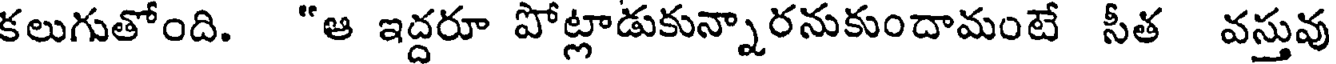
కలుగుతోంది. "ఆ ఇద్దరూ పోట్లాడుకున్నారనుకుందామంటే సీత వస్తువు